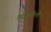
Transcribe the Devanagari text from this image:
काँकरौली